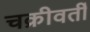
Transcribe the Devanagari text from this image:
चक्रीवर्ती